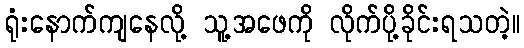
ရုံးနောက်ကျနေလို့ သူ့အဖေကို လိုက်ပို့ခိုင်းရသတဲ့။